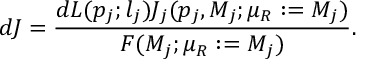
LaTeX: d J = \frac { d L ( p _ { j } ; l _ { j } ) J _ { j } ( p _ { j } , M _ { j } ; \mu _ { R } : = M _ { j } ) } { F ( M _ { j } ; \mu _ { R } : = M _ { j } ) } .